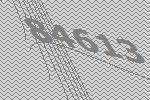
84613